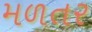
મળતર